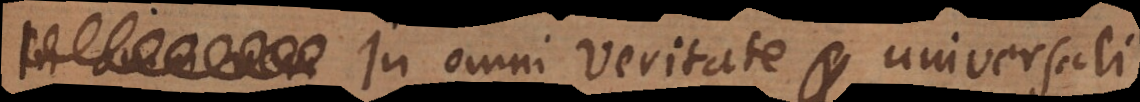
In omni veritate universali